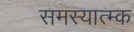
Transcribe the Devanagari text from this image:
समस्यात्म्क